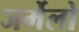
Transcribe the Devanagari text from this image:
जर्मेलो